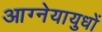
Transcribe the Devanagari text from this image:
आग्नेयायुधों